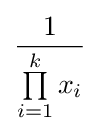
{\frac {1}{\prod \limits _{i=1}^{k}x_{i}}}